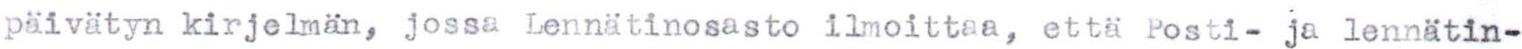
päivätyn kirjelmän, jossa Lennätinosasto ilmoittaa, että Posti- ja lennätin-